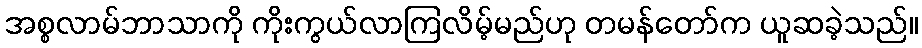
အစ္စလာမ်ဘာသာကို ကိုးကွယ်လာကြလိမ့်မည်ဟု တမန်တော်က ယူဆခဲ့သည်။